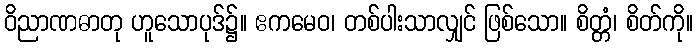
ဝိညာဏဓာတု ဟူသောပုဒ်၌။ ဧကမေဝ၊ တစ်ပါးသာလျှင် ဖြစ်သော။ စိတ္တံ၊ စိတ်ကို။